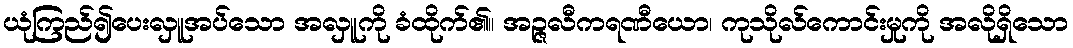
ယုံကြည်၍ပေးလှူအပ်သော အလှူကို ခံထိုက်၏။ အဉ္ဇလီကရဏီယော၊ ကုသိုလ်ကောင်းမှုကို အလိုရှိသော